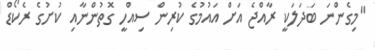
"މިގެންނަ ބަދަލަކީ ރާއްޖެ އަށް އައުމުގެ ކުރިން ސިއްހީ ގޮތުންނާއި ކުށުގެ ރެކޯޑް